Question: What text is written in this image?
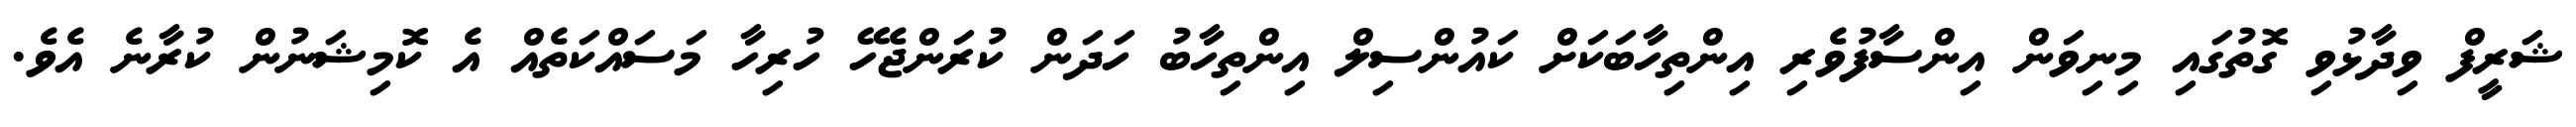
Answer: ޝަރީފް ވިދާޅުވި ގޮތުގައި މިނިވަން އިންސާފުވެރި އިންތިހާބަކަށް ކައުންސިލް އިންތިހާބު ހަދަން ކުރަންޖެހޭ ހުރިހާ މަސައްކަތެއް އެ ކޮމިޝަނުން ކުރާނެ އެވެ.